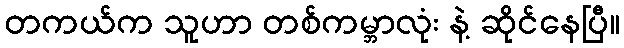
တကယ်က သူဟာ တစ်ကမ္ဘာလုံး နဲ့ ဆိုင်နေပြီ။